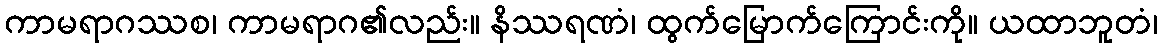
ကာမရာဂဿစ၊ ကာမရာဂ၏လည်း။ နိဿရဏံ၊ ထွက်မြောက်ကြောင်းကို။ ယထာဘူတံ၊